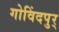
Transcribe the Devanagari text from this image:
गोविंदपुर्